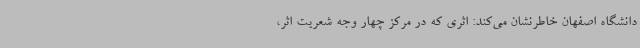
دانشگاه اصفهان خاطرنشان می‌کند: اثری که در مرکز چهار وجه شعریت اثر،